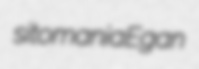
sitomania Egan